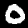
Digit: 0